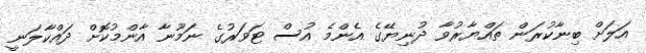
އަލަށް ބިނާކުރަން ތައްޔާރުވާ ދުނިޔޭގެ އެންމެ އުސް ޓަވަރުގެ ނަމޫނާ އާންމުކޮށް ދައްކާލަނީ